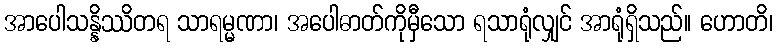
အာပေါသန္နိဿိတရ သာရမ္မဏာ၊ အပေါဓာတ်ကိုမှီသော ရသာရုံလျှင် အာရုံရှိသည်။ ဟောတိ၊